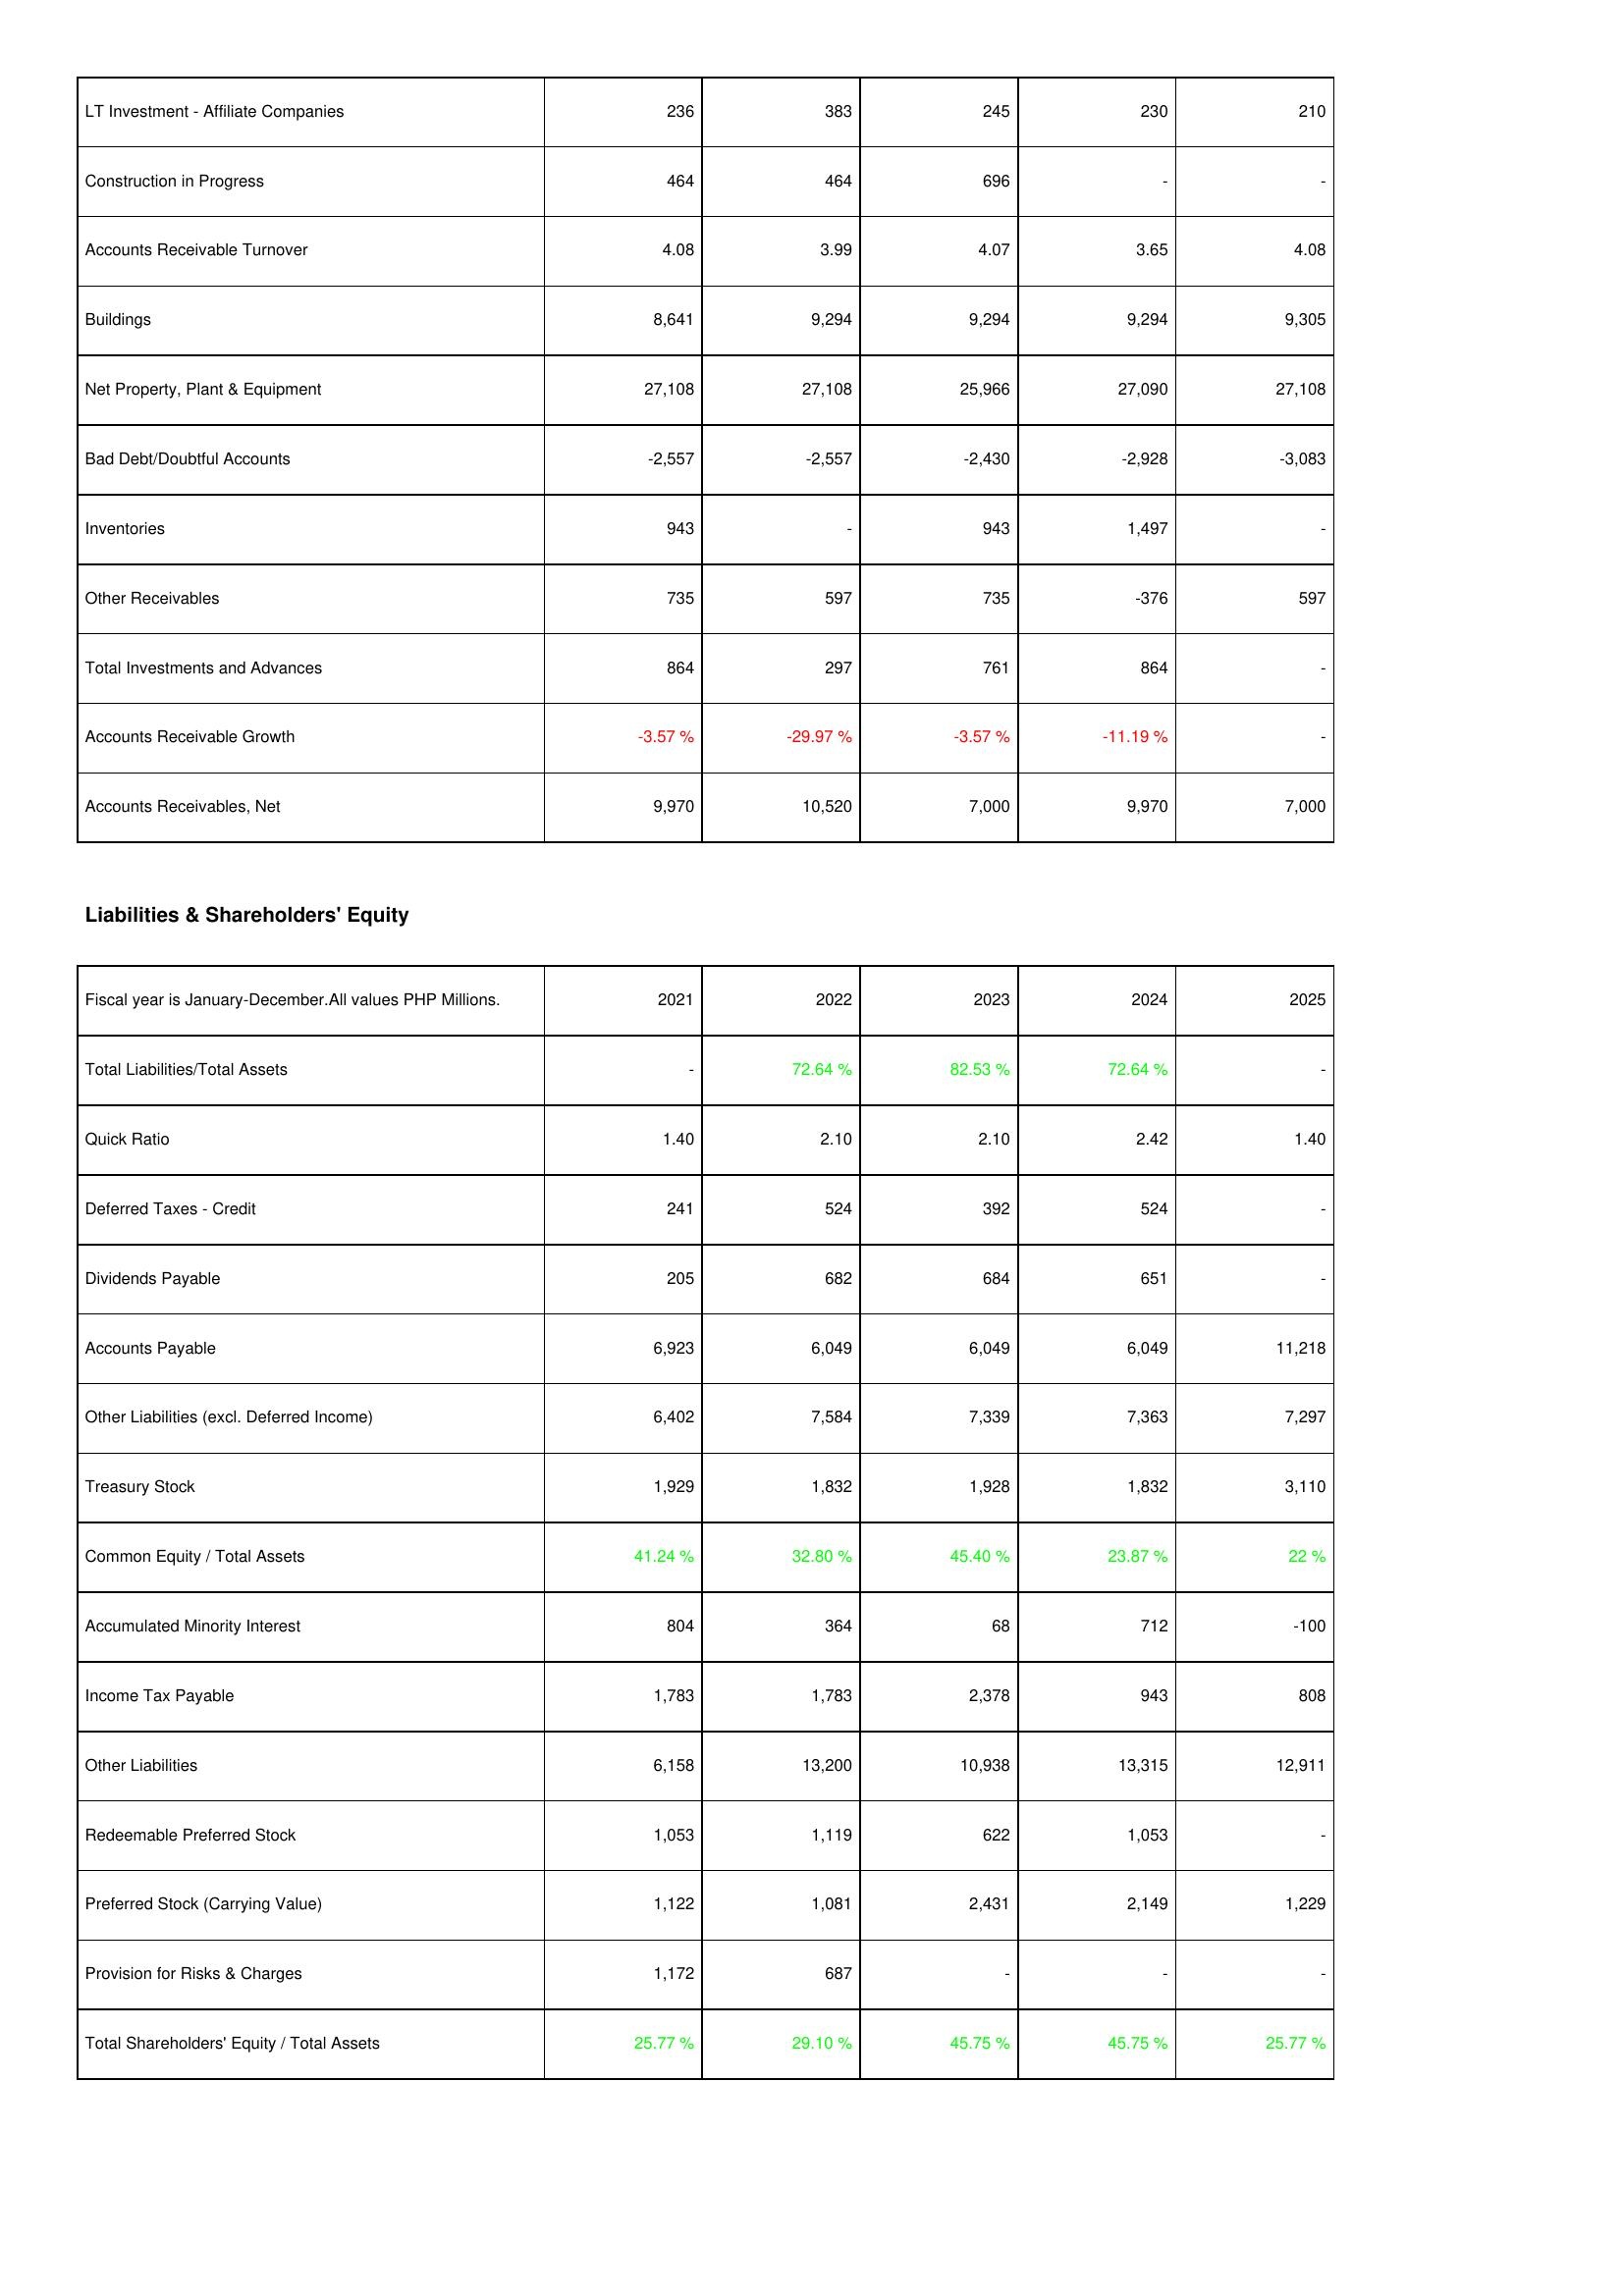
2021: Assets: LT Investment - Affiliate Companies: 236
Construction in Progress: 464
Accounts Receivable Turnover: 4.08
Buildings: 8,641
Net Property, Plant & Equipment: 27,108
Bad Debt/Doubtful Accounts: -2,557
Inventories: 943
Other Receivables: 735
Total Investments and Advances: 864
Accounts Receivable Growth: -3.57 %
Accounts Receivables, Net: 9,970
Liabilities & Shareholders' Equity: Total Liabilities/Total Assets: -
Quick Ratio: 1.40
Deferred Taxes - Credit: 241
Dividends Payable: 205
Accounts Payable: 6,923
Other Liabilities (excl. Deferred Income): 6,402
Treasury Stock: 1,929
Common Equity / Total Assets: 41.24 %
Accumulated Minority Interest: 804
Income Tax Payable: 1,783
Other Liabilities: 6,158
Redeemable Preferred Stock: 1,053
Preferred Stock (Carrying Value): 1,122
Provision for Risks & Charges: 1,172
Total Shareholders' Equity / Total Assets: 25.77 %
2022: Assets: LT Investment - Affiliate Companies: 383
Construction in Progress: 464
Accounts Receivable Turnover: 3.99
Buildings: 9,294
Net Property, Plant & Equipment: 27,108
Bad Debt/Doubtful Accounts: -2,557
Inventories: -
Other Receivables: 597
Total Investments and Advances: 297
Accounts Receivable Growth: -29.97 %
Accounts Receivables, Net: 10,520
Liabilities & Shareholders' Equity: Total Liabilities/Total Assets: 72.64 %
Quick Ratio: 2.10
Deferred Taxes - Credit: 524
Dividends Payable: 682
Accounts Payable: 6,049
Other Liabilities (excl. Deferred Income): 7,584
Treasury Stock: 1,832
Common Equity / Total Assets: 32.80 %
Accumulated Minority Interest: 364
Income Tax Payable: 1,783
Other Liabilities: 13,200
Redeemable Preferred Stock: 1,119
Preferred Stock (Carrying Value): 1,081
Provision for Risks & Charges: 687
Total Shareholders' Equity / Total Assets: 29.10 %
2023: Assets: LT Investment - Affiliate Companies: 245
Construction in Progress: 696
Accounts Receivable Turnover: 4.07
Buildings: 9,294
Net Property, Plant & Equipment: 25,966
Bad Debt/Doubtful Accounts: -2,430
Inventories: 943
Other Receivables: 735
Total Investments and Advances: 761
Accounts Receivable Growth: -3.57 %
Accounts Receivables, Net: 7,000
Liabilities & Shareholders' Equity: Total Liabilities/Total Assets: 82.53 %
Quick Ratio: 2.10
Deferred Taxes - Credit: 392
Dividends Payable: 684
Accounts Payable: 6,049
Other Liabilities (excl. Deferred Income): 7,339
Treasury Stock: 1,928
Common Equity / Total Assets: 45.40 %
Accumulated Minority Interest: 68
Income Tax Payable: 2,378
Other Liabilities: 10,938
Redeemable Preferred Stock: 622
Preferred Stock (Carrying Value): 2,431
Provision for Risks & Charges: -
Total Shareholders' Equity / Total Assets: 45.75 %
2024: Assets: LT Investment - Affiliate Companies: 230
Construction in Progress: -
Accounts Receivable Turnover: 3.65
Buildings: 9,294
Net Property, Plant & Equipment: 27,090
Bad Debt/Doubtful Accounts: -2,928
Inventories: 1,497
Other Receivables: -376
Total Investments and Advances: 864
Accounts Receivable Growth: -11.19 %
Accounts Receivables, Net: 9,970
Liabilities & Shareholders' Equity: Total Liabilities/Total Assets: 72.64 %
Quick Ratio: 2.42
Deferred Taxes - Credit: 524
Dividends Payable: 651
Accounts Payable: 6,049
Other Liabilities (excl. Deferred Income): 7,363
Treasury Stock: 1,832
Common Equity / Total Assets: 23.87 %
Accumulated Minority Interest: 712
Income Tax Payable: 943
Other Liabilities: 13,315
Redeemable Preferred Stock: 1,053
Preferred Stock (Carrying Value): 2,149
Provision for Risks & Charges: -
Total Shareholders' Equity / Total Assets: 45.75 %
2025: Assets: LT Investment - Affiliate Companies: 210
Construction in Progress: -
Accounts Receivable Turnover: 4.08
Buildings: 9,305
Net Property, Plant & Equipment: 27,108
Bad Debt/Doubtful Accounts: -3,083
Inventories: -
Other Receivables: 597
Total Investments and Advances: -
Accounts Receivable Growth: -
Accounts Receivables, Net: 7,000
Liabilities & Shareholders' Equity: Total Liabilities/Total Assets: -
Quick Ratio: 1.40
Deferred Taxes - Credit: -
Dividends Payable: -
Accounts Payable: 11,218
Other Liabilities (excl. Deferred Income): 7,297
Treasury Stock: 3,110
Common Equity / Total Assets: 22 %
Accumulated Minority Interest: -100
Income Tax Payable: 808
Other Liabilities: 12,911
Redeemable Preferred Stock: -
Preferred Stock (Carrying Value): 1,229
Provision for Risks & Charges: -
Total Shareholders' Equity / Total Assets: 25.77 %